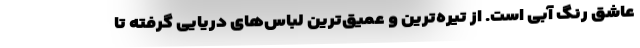
عاشق رنگ آبی است. از تیره‌ترین و عمیق‌ترین لباس‌های دریایی گرفته تا